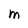
Character: M